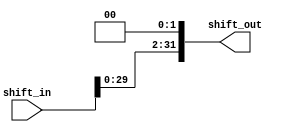
// shift-left-2 for branch instruction
// input width: 32 bits
// output width: 32 bits
// fill the void with 0 after shifting
module branch_shiftleft2 (shift_in, shift_out);
	input [31:0] shift_in;
	output [31:0] shift_out;
	assign shift_out[31:0]={shift_in[29:0],2'b00};
endmodule